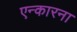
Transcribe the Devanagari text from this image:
एन्कारना